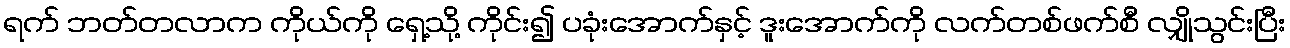
ရက် ဘတ်တလာက ကိုယ်ကို ရှေ့သို့ ကိုင်း၍ ပခုံးအောက်နှင့် ဒူးအောက်ကို လက်တစ်ဖက်စီ လျှိုသွင်းပြီး